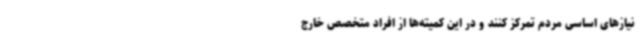
نیازهای اساسی مردم تمرکز کنند و در این کمیته‌ها از افراد متخصص خارج